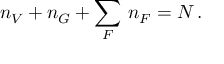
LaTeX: n _ { V } + n _ { G } + \sum _ { F } \, n _ { F } = N \, .